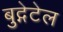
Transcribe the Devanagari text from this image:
बुद्गेटेल